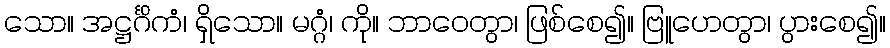
သော။ အဋ္ဌင်္ဂိကံ၊ ရှိသော။ မဂ္ဂံ၊ ကို။ ဘာဝေတွာ၊ ဖြစ်စေ၍။ ဗြူဟေတွာ၊ ပွားစေ၍။